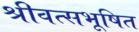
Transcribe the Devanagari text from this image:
श्रीवत्सभूषित